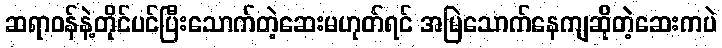
ဆရာဝန်နဲ့တိုင်ပင်ပြီးသောက်တဲ့ဆေးမဟုတ်ရင် အမြဲသောက်နေကျဆိုတဲ့ဆေးကပဲ